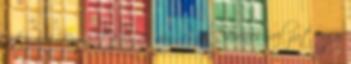
írtam -. Bár hétköznap van, csak szerencsével jut egy